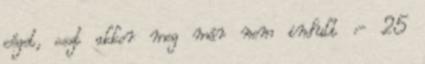
céget, oszt akkor meg már nem indult :- 25